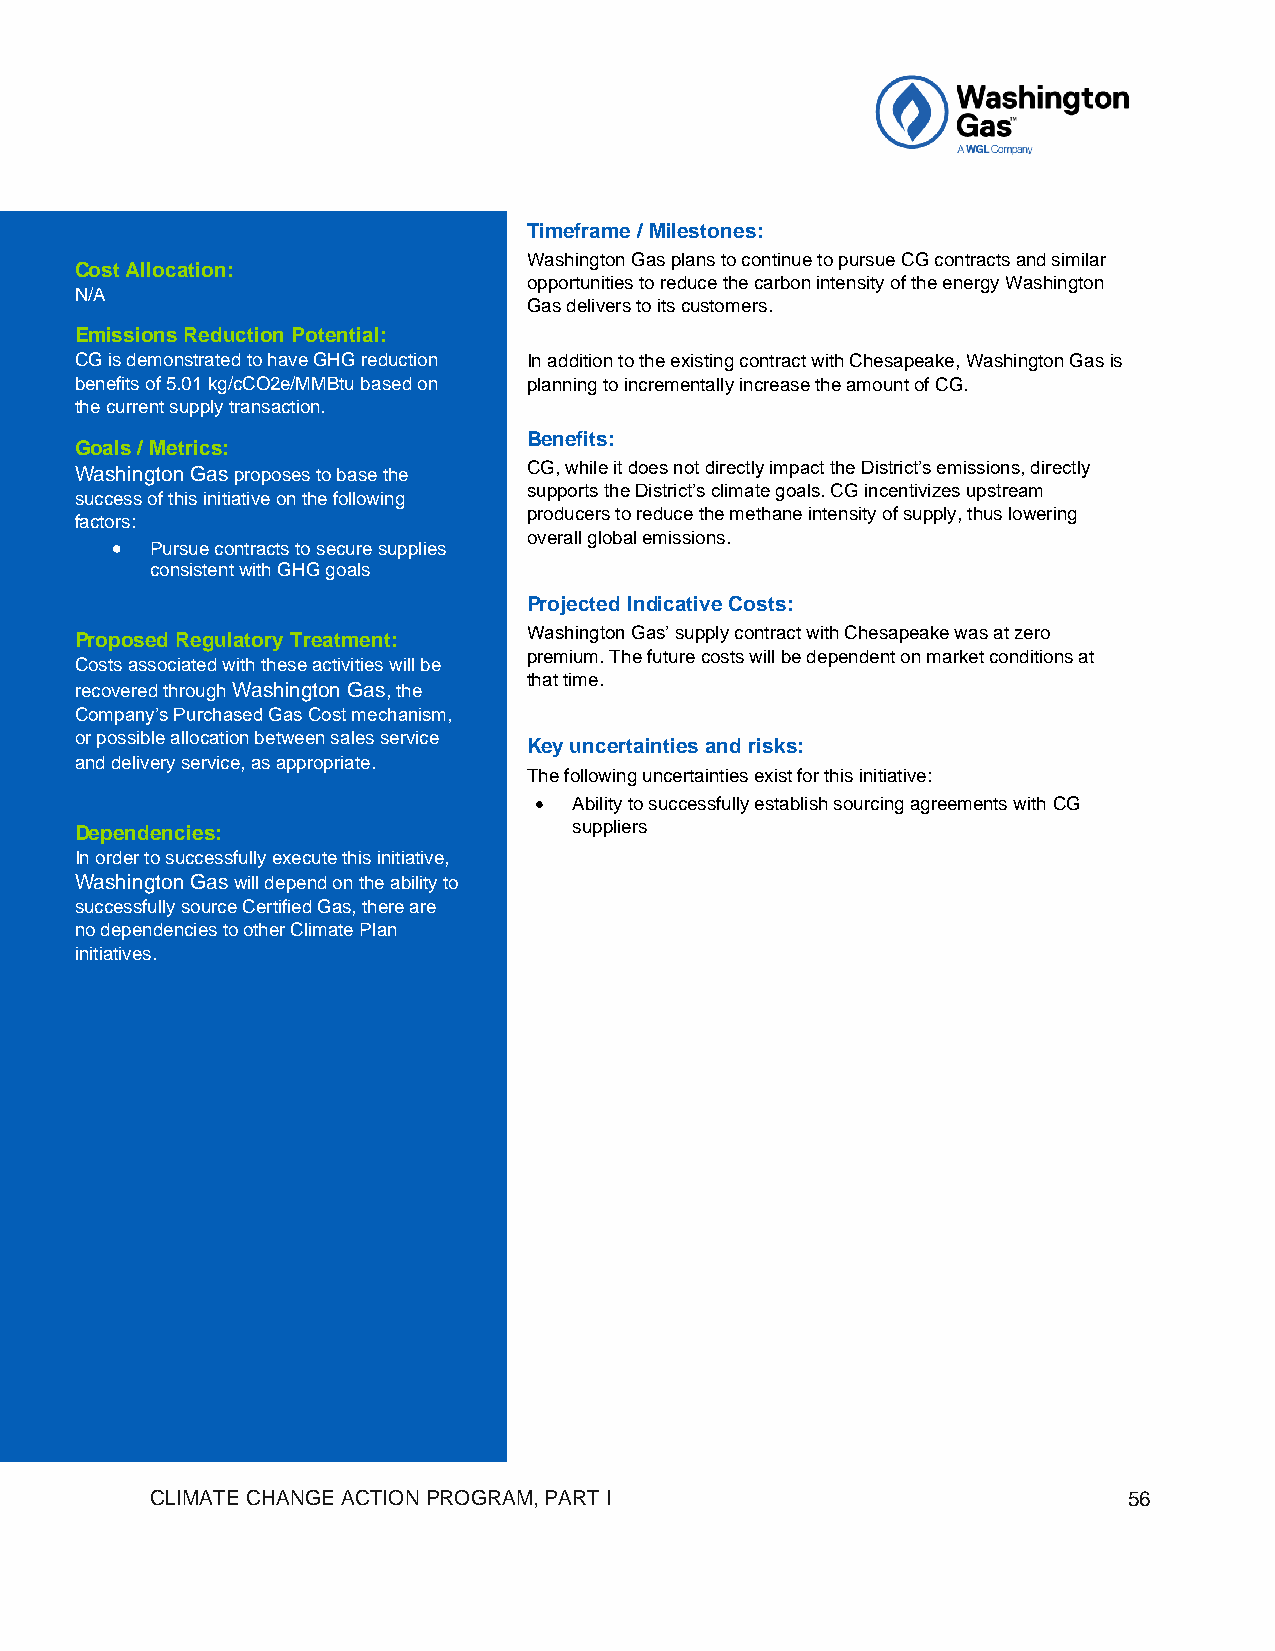
Timeframe / Milestones:
 Washington Gas plans to continue to pursue CG contracts and similar
 Cost Allocation:
 opportunities to reduce the carbon intensity of the energy Washington
 N/A
 Gas delivers to its customers.
 Emissions Reduction Potential:
 CG is demonstrated to have GHG reduction In addition to the existing contract with Chesapeake, Washington Gas is
 benefits of 5.01 kg/cCO2e/MMBtu based on planning to incrementally increase the amount of CG.
 the current supply transaction.
 Benefits:
 Goals / Metrics:
 Washington Gas proposes to base the CG, while it does not directly impact the District’s emissions, directly
 supports the District’s climate goals. CG incentivizes upstream
 success of this initiative on the following
 producers to reduce the methane intensity of supply, thus lowering
 factors:
 overall global emissions.
 •  Pursue contracts to secure supplies
 consistent with GHG goals
 Projected Indicative Costs:
 Washington Gas’ supply contract with Chesapeake was at zero
 Proposed Regulatory Treatment:
 premium. The future costs will be dependent on market conditions at
 Costs associated with these activities will be
 that time.
 recovered through Washington Gas, the
 Company’s Purchased Gas Cost mechanism,
 or possible allocation between sales service
 Key uncertainties and risks:
 and delivery service, as appropriate.
 The following uncertainties exist for this initiative:
 •  Ability to successfully establish sourcing agreements with CG
 Dependencies:                    suppliers
 In order to successfully execute this initiative,
 Washington Gas will depend on the ability to
 successfully source Certified Gas, there are
 no dependencies to other Climate Plan
 initiatives.
 CLIMATE CHANGE ACTION PROGRAM, PART I                            56